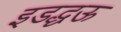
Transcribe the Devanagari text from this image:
इडद्धऊ